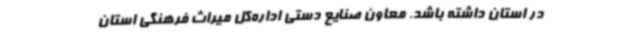
در استان داشته باشد. معاون صنایع دستی اداره‌کل میراث فرهنگی استان